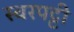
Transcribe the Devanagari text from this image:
स्वरपट्टी